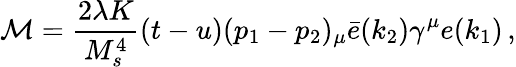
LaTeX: {\cal M}={\frac{2\lambda K}{M_{s}^{4}}}(t-u)(p_{1}-p_{2})_{\mu}\bar{e}(k_{2})\gamma^{\mu}e(k_{1})\, ,